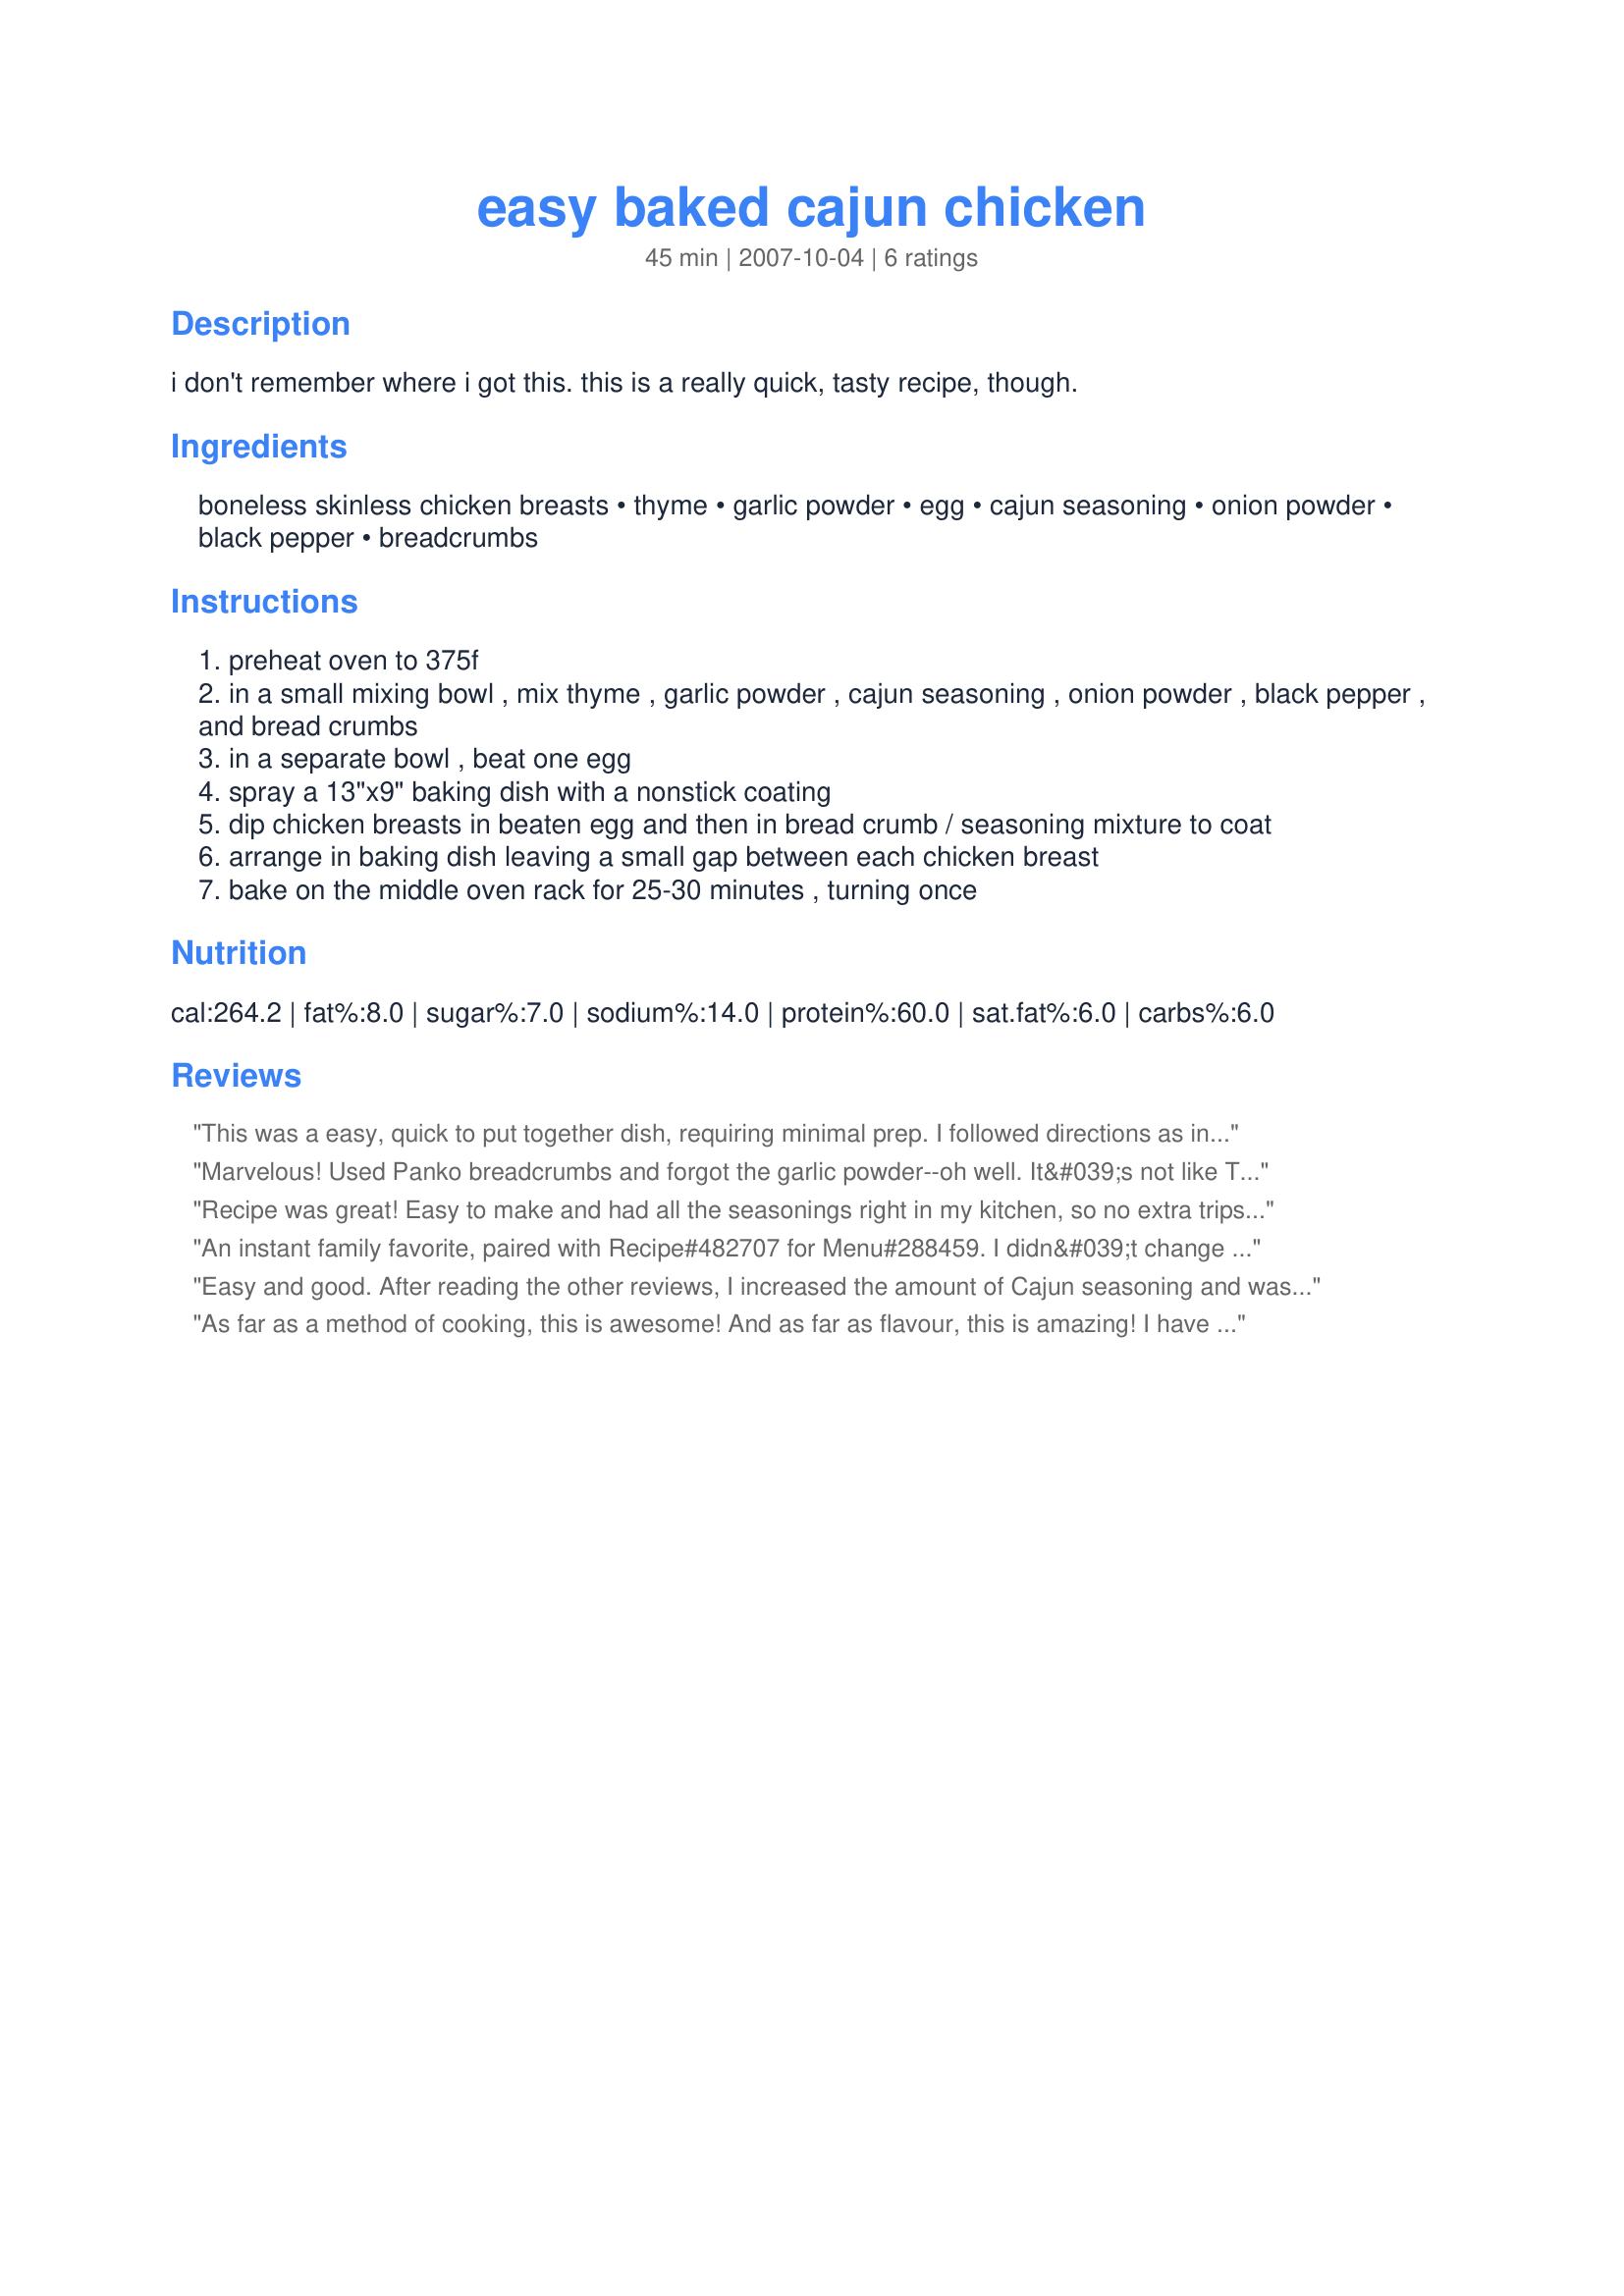
easy baked cajun chicken
Preparation time: 45 minutes

i don't remember where i got this. this is a really quick, tasty recipe, though.

Ingredients:
boneless skinless chicken breasts, thyme, garlic powder, egg, cajun seasoning, onion powder, black pepper, breadcrumbs

Steps:
preheat oven to 375f
in a small mixing bowl , mix thyme , garlic powder , cajun seasoning , onion powder , black pepper , and bread crumbs
in a separate bowl , beat one egg
spray a 13"x9" baking dish with a nonstick coating
dip chicken breasts in beaten egg and then in bread crumb / seasoning mixture to coat
arrange in baking dish leaving a small gap between each chicken breast
bake on the middle oven rack for 25-30 minutes , turning once

Reviews:
This was a easy, quick to put together dish, requiring minimal prep. I followed directions as indicated. DH and I thought the dish was good, but that the cajun seasoning should have been increased a bit as it did not come through as we were expecting. DH said the dish tasted more like a nice breaded chicken dish than a cajun chicken per se. We served this with Recipe #85029, which was a nice compliment. Made for PAC Spring 2008.
Marvelous! Used Panko breadcrumbs and forgot the garlic powder--oh well. It&#039;s not like Tony Chachere&#039;s Creole seasoning doesn&#039;t cover the bases by itself anyway. Thanks for sharing.
Recipe was great! Easy to make and had all the seasonings right in my kitchen, so no extra trips to the grocery store! My guests loved it! I made one minor adjustment and added another two tbsp. of cajun because I like the extra heat, otherwise it turned out great!
An instant family favorite, paired with Recipe#482707 for Menu#288459. I didn&#039;t change the seasonings, and it was spicy enough for us! Because we had giant chicken breasts, I cut them in half horizontally to create 2 fillets from each breast. This was SO EASY! This goes into my Best of 2014 because, although it is not fancy, we will have this often. Made for Zaar Cookbook Tag.
Easy and good. After reading the other reviews, I increased the amount of Cajun seasoning and was glad that I did - we like spicy at my house. Great recipe that I will repeat. Thanks Princess Tomato for sharing. Made for Fall PAC 2012.
As far as a method of cooking, this is awesome! And as far as flavour, this is amazing! I have tried this with both chicken and pork chops now and loved both. The pork chops I fast fry first just to ensure that they cook through. Thank you so much for sharing this!
